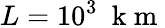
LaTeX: L=10^{3}~\mathrm{~k~m~}